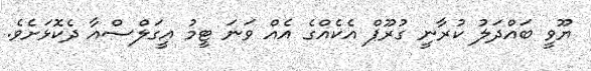
ޔޫވީ ބައްދަލު ކުރާނީ ގުރޫޕް އެކެއްގެ އެއް ވަނަ ޓީމު އީގަލްސްއާ ދެކޮޅަށެވެ.